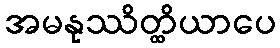
အမနုဿိတ္ထိယာပေ